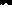
«